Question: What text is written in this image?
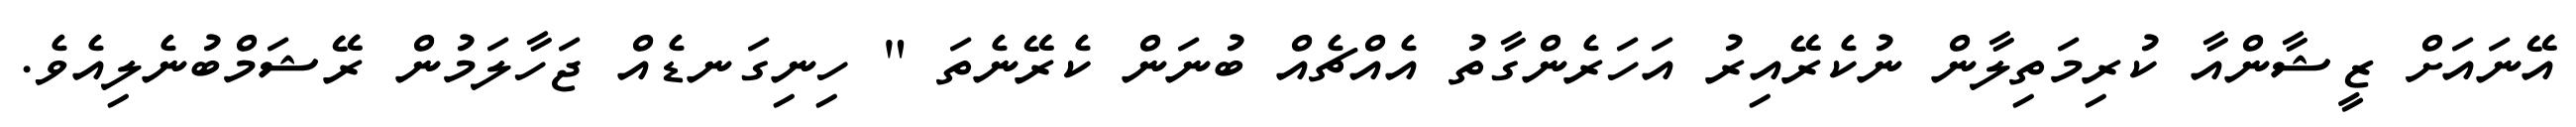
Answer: އޭނައަށް ޒީޝާންއާ ކުރިމަތިލާން ނުކެރޭއިރު އަހަރެންގާތު އެއްޗެއް ބުނަން ކެރޭނެތަ " ހިނިގަނޑެއް ޖަހާލަމުން ރޭޝަމްބުނެލިއެވެ.